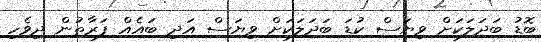
ބޮޑު ބަދަލަކަށް ވިޔަސް ކުޑަ ބަދަލަކަށް ވިޔަސް އަދި ބައެއް ފަރާތުން ދިވެހި